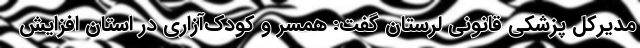
مدیرکل پزشکی قانونی لرستان گفت: همسر و کودک‌آزاری در استان افزایش